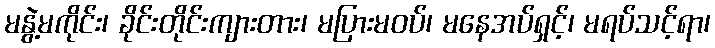
မနွဲ့မကိုင်း၊ ခိုင်းတိုင်းကျားတား၊ မပြားမဝပ်၊ မနေအပ်ရှင့်၊ မရပ်သင့်ရာ၊